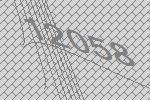
12058